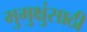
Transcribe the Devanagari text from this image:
मुमुक्षुंसाठी